Annual statistical returns and brief notes on vaccination in Bengal - 1909-1929
Year: 1909
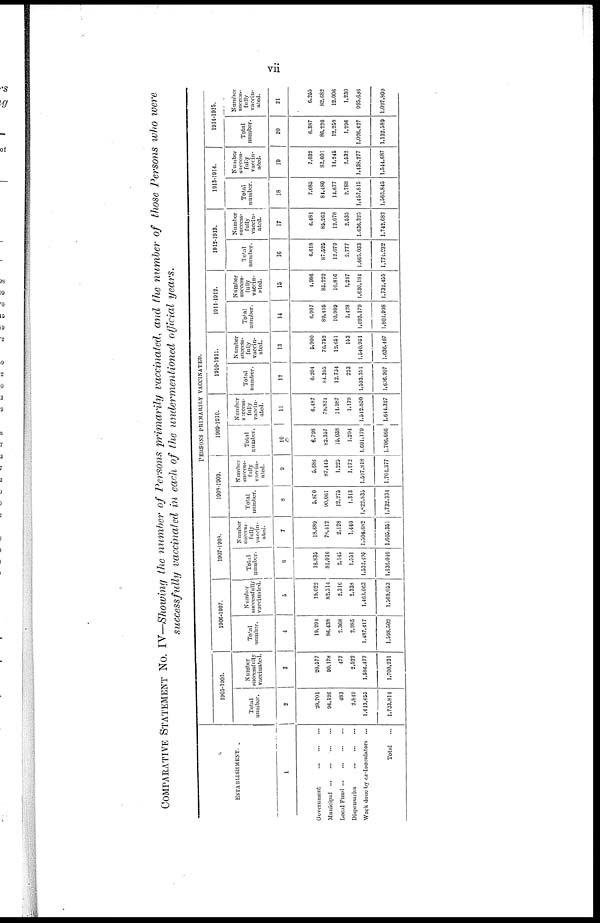
vii
COMPARATIVE STATEMENT No. IV—Showing the number of Persons primarily vaccinated, and the number of those Persons who were
successfully vaccinated in each of the undermentioned official years.
ESTABLISHMENT.
1
Government
...
...
...
Municipal
...
...
...
...
Local Fund
...
...
...
...
Dispensaries
...
...
...
Work done by ex-Inoculators
...
Total
...
PERSONS PRIMARILY VACCINATED.
1905-1906.
Total
number.
2
20,701
96,126
483
2,849
1,613,655
1,733,811
Number
successfully
vaccinated.
3
20,577
90,178
477
2,522
1,586,477
1,700,231
1906-1907.
Total
number.
4
10,204
86,438
2,368
2,985
1,487,417
1,598,502
Number
successfully
vaccinated.
5
10,022
82,314
2,316
2,338
1,463,063
1,569,053
1907-1903.
Total
number.
6
18,835
81,016
2,145
1,551
1,532,495
1,636,040
Number
success¬
fully
vaccin-
ated.
7
18,689
78,412
2,128
1,440
1,504,682
1,605,351
1908-1909.
Total
number.
8
5,850
90,061
12,275
1,313
1,622,835
1,732,334
Number
success¬
fully
vaccin-
ated.
9
5,686
87,445
1,225
1,172
1,597,818
1,701,377
1909-1910.
Total
number.
10
6,798
82,357
15,038
1,294
1,601,179
1,706,666
Number
success-
fully
vaccin-
ated.
11
6,487
78,824
14,987
1,170
1,542,850
1,644,327
1910-1911.
Total
number.
12
6,204
84,395
12,734
223
1,593,351
1,696,907
Number
success-
fully
vaccin-
ated.
13
5,900
76,752
12,651
153
1,540,951
1.636,407
1911-1012.
Total
number.
14
6,907
80,495
10,989
1,428
1,693,179
1,801,008
Number
success-
fully
vaccin-
-ted.
15
4,086
85,222
10,816
1,247
1,630,184
1,732,455
1912-1913.
Total
number.
16
6,618
87,525
12,079
2,777
1,665,033
1,774,032
Number
success-
fully
vaccin-
ated.
17
6,481
85,263
12,078
2,635
1,636,325
1.742.682
1913-1914.
Total
number.
18
7,085
84,480
14,677
2,788
1,457,815
1,566,845
Number
success-
fully
vaccin-
ated.
19
7,032
82,601
14,245
2,532
1,438,277
1,544,687
1914-1915.
Total
number.
20
6,387
86,220
12,250
1,296
1,026,427
1,132,589
Number
success-
--lly
vaccin-
ated.
21
6,255
82,682
12,006
1,230
995,636
1,097,309